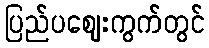
ပြည်ပဈေးကွက်တွင်